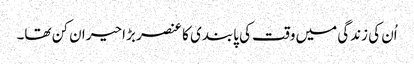
اُن کی زندگی میں وقت کی پابندی کا عنصر بڑا حیران کن تھا۔